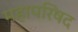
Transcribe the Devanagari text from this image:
महापरिषद